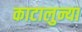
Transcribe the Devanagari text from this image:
काटालुन्या